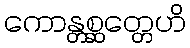
ကောန္တစ္ဆတ္တေဟိ